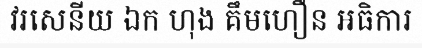
វរសេនីយ ឯក ហុង គឹមហឿន អធិការ